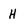
Character: H